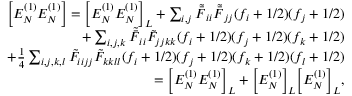
\begin{array} { r l r } & { } & { \Big [ E _ { N } ^ { ( 1 ) } E _ { N } ^ { ( 1 ) } \Big ] = \Big [ E _ { N } ^ { ( 1 ) } E _ { N } ^ { ( 1 ) } \Big ] _ { L } + \sum _ { i , j } { \tilde { \bar { F } } _ { i i } \tilde { \bar { F } } _ { j j } } ( f _ { i } + 1 / 2 ) ( f _ { j } + 1 / 2 ) } \\ & { } & { + \sum _ { i , j , k } { \tilde { \bar { F } } _ { i i } \tilde { F } _ { j j k k } } ( f _ { i } + 1 / 2 ) ( f _ { j } + 1 / 2 ) ( f _ { k } + 1 / 2 ) } \\ & { } & { + \frac { 1 } { 4 } \sum _ { i , j , k , l } { \tilde { F } _ { i i j j } \tilde { F } _ { k k l l } } { ( f _ { i } + 1 / 2 ) } { ( f _ { j } + 1 / 2 ) } { ( f _ { k } + 1 / 2 ) } { ( f _ { l } + 1 / 2 ) } } \\ & { } & { = \Big [ E _ { N } ^ { ( 1 ) } E _ { N } ^ { ( 1 ) } \Big ] _ { L } + \Big [ E _ { N } ^ { ( 1 ) } \Big ] _ { L } \Big [ E _ { N } ^ { ( 1 ) } \Big ] _ { L } , } \end{array}